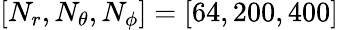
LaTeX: \left[N_{r},N_{\theta},N_{\phi}\right]=\left[64,200,400\right]